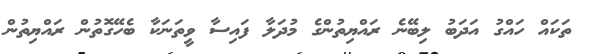
ތަކައް ހައްގު އަދަބު ލިބޭނެ ރައްޔިތުންގެ މުދަލާ ފައިސާ ވީތަނަކާ ބެހޭގޮތުން ރައްޔިތުން